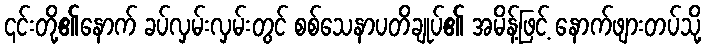
၎င်းတို့၏နောက် ခပ်လှမ်းလှမ်းတွင် စစ်သေနာပတိချုပ်၏ အမိန့်ဖြင့် နောက်ဖျားတပ်သို့